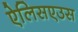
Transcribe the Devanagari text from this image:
ऐलिसएउस